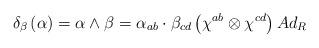
LaTeX: \begin{align*}\delta _{\beta }\left( \alpha \right) =\alpha \wedge \beta =\alpha_{ab}\cdot \beta _{cd}\left( \chi ^{ab}\otimes \chi ^{cd}\right) Ad_{R}\end{align*}